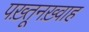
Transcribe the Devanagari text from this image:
पख़्तूनख़्वाह